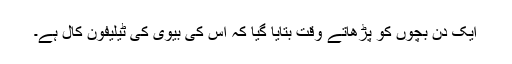
ایک دن بچوں کو پڑھاتے وقت بتایا گیا کہ اس کی بیوی کی ٹیلیفون کال ہے۔